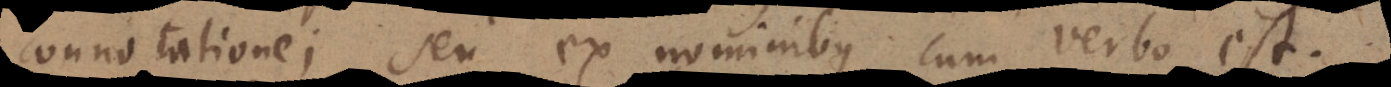
connotatione; seu ex nominibus cum verbo est.